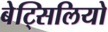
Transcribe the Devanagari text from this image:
बेट्सिलियो